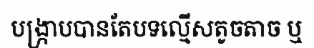
បង្ក្រាបបានតែបទល្មើសតូចតាច ឬ